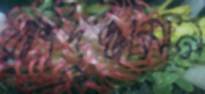
রাশিদুজ্জামান